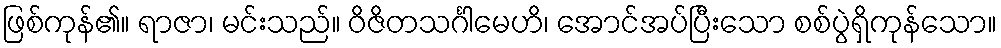
ဖြစ်ကုန်၏။ ရာဇာ၊ မင်းသည်။ ဝိဇိတသင်္ဂါမေဟိ၊ အောင်အပ်ပြီးသော စစ်ပွဲရှိကုန်သော။